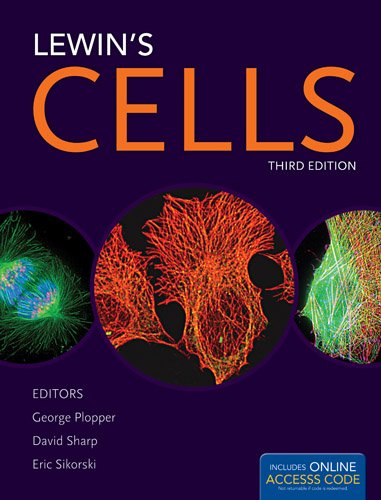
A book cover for Lewin's CELLS; George Plopper; Medical Books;